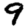
Digit: 9